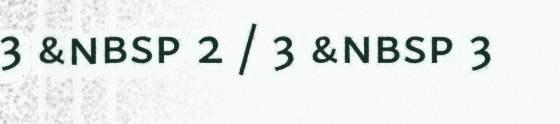
3 &nbsp 2 / 3 &nbsp 3